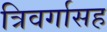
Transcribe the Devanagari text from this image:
त्रिवर्गासह